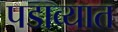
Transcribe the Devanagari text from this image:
पडाव्यात